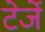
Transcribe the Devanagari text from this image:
टेर्जे